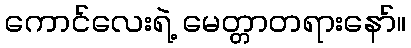
ကောင်လေးရဲ့ မေတ္တာတရားနော်။